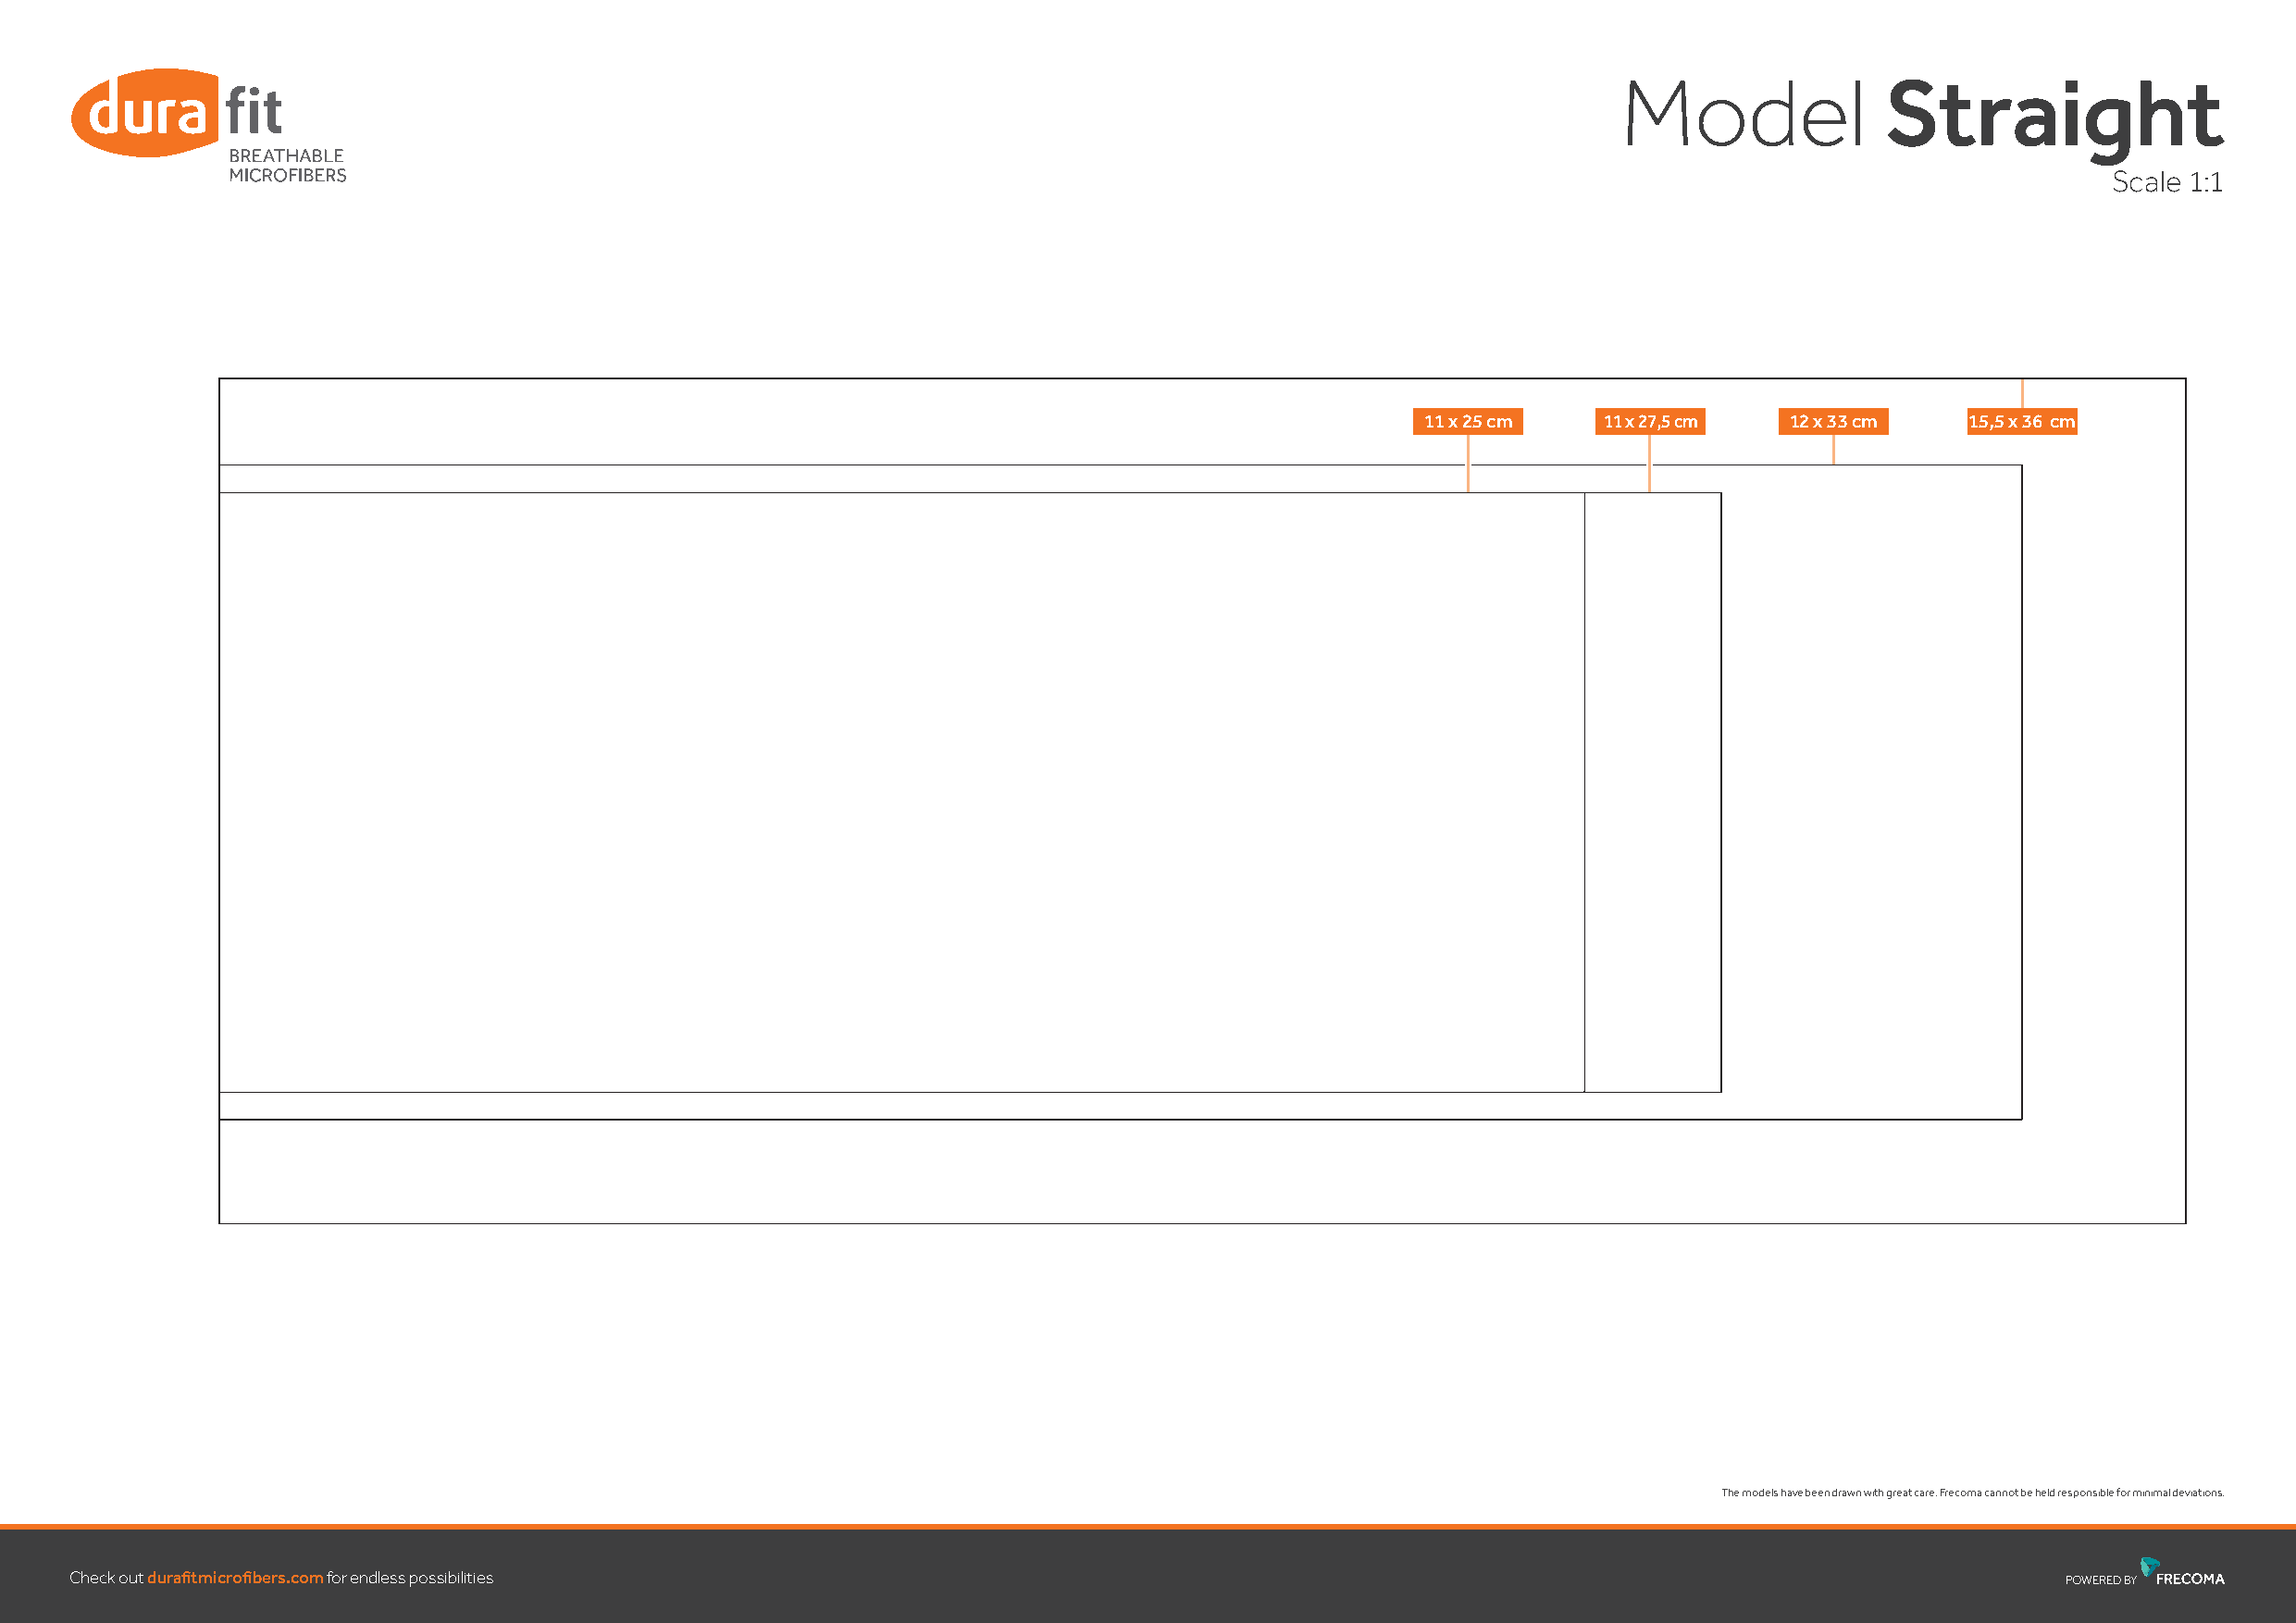
Model              Straight
 Scale 1:1
 11 x 25 cm   11 x 27,5 cm 12 x 33 cm   15,5 x 36 cm
 The models have been drawn with great care. Frecoma cannot be held responsible for minimal deviations.
 Check outdurafi tmicrofi bers.comfor endless possibilities
 POWEREDBY